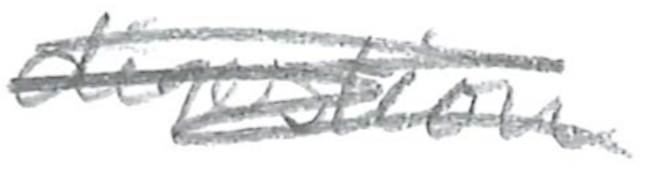
Text: digestion
Cross-out: scratch
Writing tool: pencil